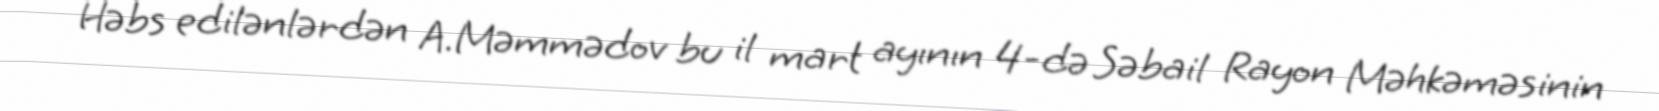
Həbs edilənlərdən A.Məmmədov bu il mart ayının 4-də Səbail Rayon Məhkəməsinin